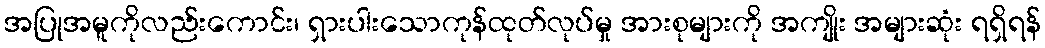
အပြုအမူကိုလည်းကောင်း၊ ရှားပါးသောကုန်ထုတ်လုပ်မှု အားစုများကို အကျိုး အများဆုံး ရရှိရန်